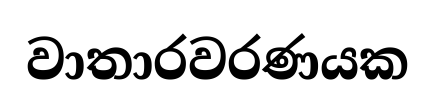
වාතාරවරණයක